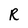
Character: R